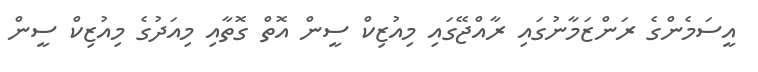
އީސަމެންގެ ރަންޒަމާނުގައި ރާއްޖޭގައި މިއުޒިކް ސީން އޮތް ގޮތާއި މިއަދުގެ މިއުޒިކް ސީން